Papers set at the Examination for Leaving Certificates, 1892
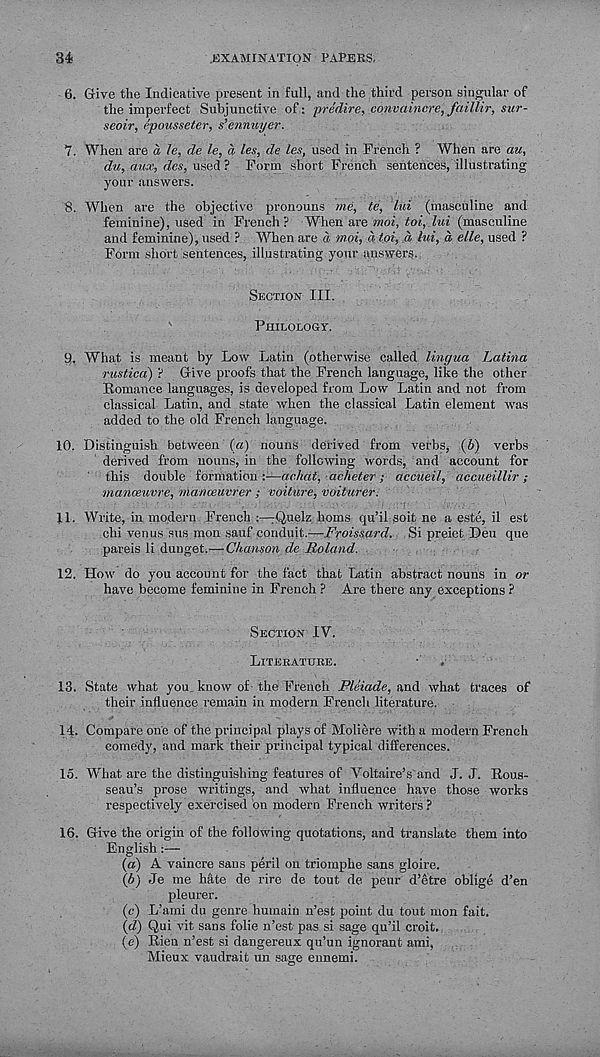
34
.EXAMINATION PAPERS,
6. Give the Indicative present in full, and the third person singular of
the imperfect Subjunctive of: predire, convaincre, faittir, sur-
seoir, epousseter, s’ennuyer.
7. When are a le, de le, a les, de les, used in French ? When are aw,
du, aux, des, used ? Form short French sentences, illustrating
your answers.
8. When are the objective pronouns me, te, lui (masculine and
feminine), used in French? When are moi, loi, lui (masculine
and feminine), used ? When are a moi, a toi, d lui, d elle, used ?
Form short sentences, illustrating your answers.
Section III.
Philology.
9. What is meant by Low Latin (otherwise called lingua Latina
rusticd) ? Give proofs that the French language, like the other
Romance languages, is developed from Low Latin and not from
classical Latin, and state when the classical Latin element -was
added to the old French language.
10. Distinguish between (a) nouns derived from verbs, (6) verbs
derived from nouns, in the following words, and account for
this double formation :—achat, acheter; accueil, dccueillir;
manoeuvre, manoeuvrer ; voiture, voiturer.
11. Write, in modern French ^uelz horns qu’il soit ne a este, il est
chi venus sus mon sauf conduit.—Froissard. Si preiet Deu que
pareis li dunget.^—Chanson de Roland.
12. How do you account for the fact that Latin abstract nouns in or
have become feminine in French ? Are there any exceptions ?
Section IV.
Literature.
13. State what you_ know of the French Pleiade, and what traces of
their influence remain in modern French literature.
14. Compare one of the principal plays of Moliere with a modern French
comedy, and mark their principal typical differences.
15. What are the distinguishing features of Voltaire’s" and J. J. Rous-
seau’s prose writings, and what influence have those works
respectively exercised on modern French writers ?
16. Give the origin of the following quotations, and translate them into
English:—
(а) A vaincre sans peril on triomphe sans gloire.
(б) Je me hate de lire de tout de peur d’etre oblige d’en
pleurer.
(c) L’ami du genre humain n’est point du tout mon fait.
(d) Qui vit sans folie n’est pas si sage qu’il croit.
(e) Rien n’est si dangereux qu’un ignorant ami,
Mieux vaudrait un sage ennemi.